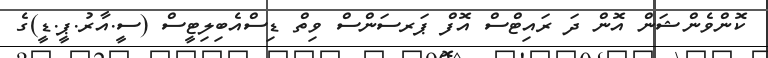
ކޮންވެންޝަން އޮން ދަ ރައިޓްސް އޮފް ޕަރސަންސް ވިތް ޑިސްއެބިލިޓީސް (ސީ.އާރު.ޕީ.ޑީ)ގެ